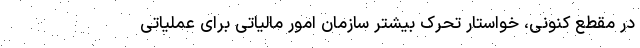
در مقطع کنونی، خواستار تحرک بیشتر سازمان امور مالیاتی برای عملیاتی